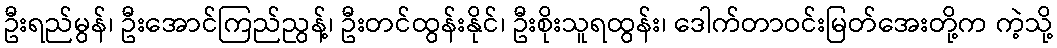
ဦးရည်မွန်၊ ဦးအောင်ကြည်ညွန့်၊ ဦးတင်ထွန်းနိုင်၊ ဦးစိုးသူရထွန်း၊ ဒေါက်တာဝင်းမြတ်အေးတို့က ကဲ့သို့